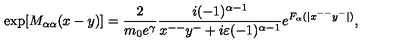
\mathrm { e x p } [ M _ { { \alpha } { \alpha } } ( x - y ) ] = \frac { 2 } { m _ { 0 } e ^ { \gamma } } \frac { i ( - 1 ) ^ { { \alpha } - 1 } } { x ^ { -- } y ^ { - } + i { \varepsilon } ( - 1 ) ^ { { \alpha } - 1 } } e ^ { F _ { \alpha } ( | x ^ { -- } y ^ { - } | ) } ,